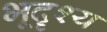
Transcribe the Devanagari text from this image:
भूदॄश्य